Vaccination in Burma 1900-1911 - 1900-1911
Year: 1900
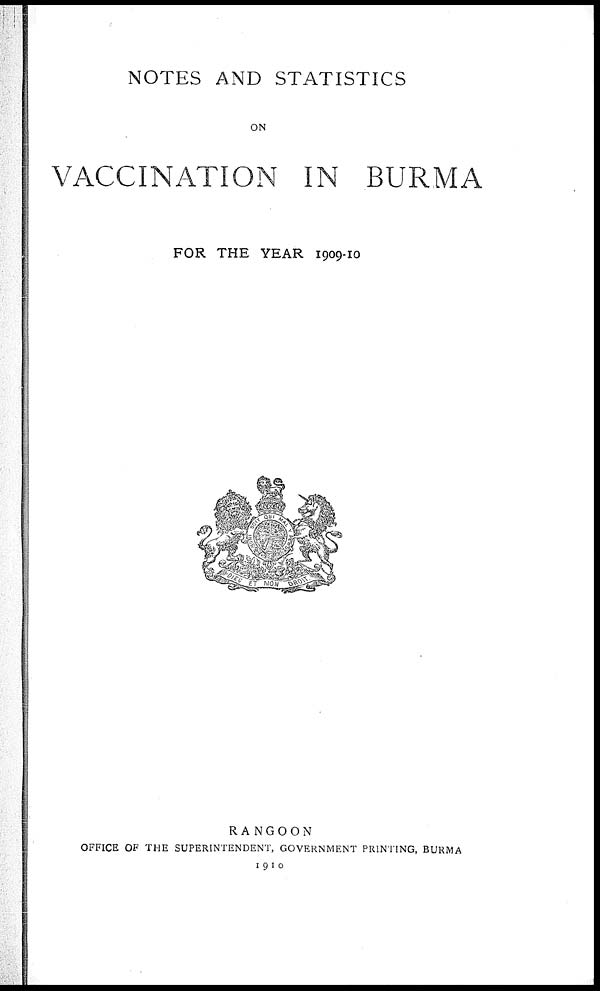
NOTES AND STATISTICS
ON
VACCINATION IN BURMA
FOR THE YEAR 1909-10
RANGOON
OFFICE OF THE SUPERINTENDENT, GOVERNMENT PRINTING, BURMA
1910